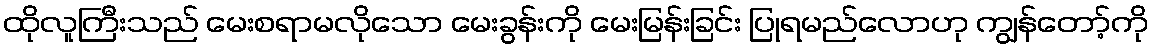
ထိုလူကြီးသည် မေးစရာမလိုသော မေးခွန်းကို မေးမြန်းခြင်း ပြုရမည်လောဟု ကျွန်တော့်ကို